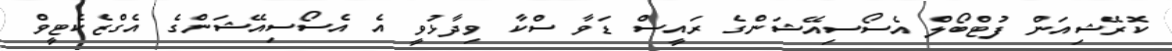
ކޮރޭޝިއަން ފުޓްބޯލް އެސޯސިއޭޝަންގެ ރައީސް ޑަވާ ސްކާ ވިދާޅުވީ އެ އެސޯސިއޭޝަންގެ އެގްޒެކެޓީވް